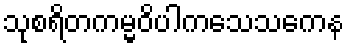
သုစရိတကမ္မဝိပါကသေသကေန